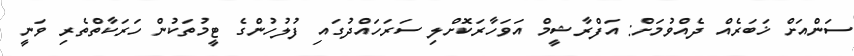
ސަންއަށް ޚަބަރެއް ދެއްވުމަށް: އަފްރާޝީމް އަވަހާރަކޮށްލި ސަރަހައްދުގައި ފުލުހުންގެ ޓީމުތަކުން ހަރަކާތްތެރި ވަނީ